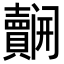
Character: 𮚬